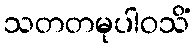
သတတမုပါဝသိံ